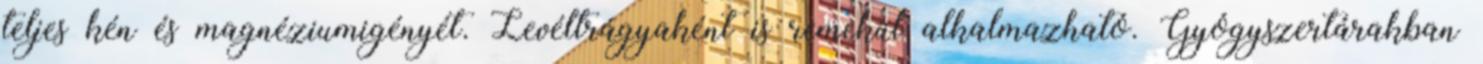
teljes kén és magnéziumigényét. Levéltrágyaként is remekül alkalmazható. Gyógyszertárakban